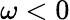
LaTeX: \omega<0